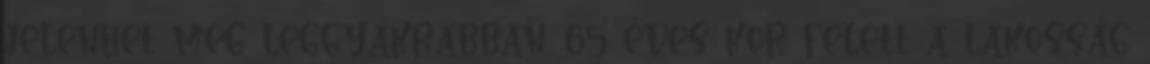
jelenhet meg leggyakrabban. 65 éves kor felett a lakosság